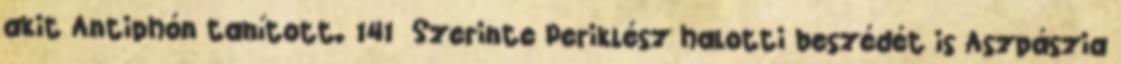
akit Antiphón tanított. 141 Szerinte Periklész halotti beszédét is Aszpászia